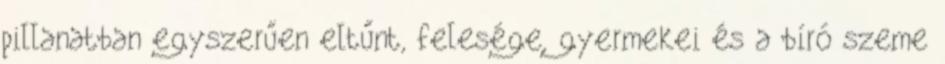
pillanatban egyszerűen eltűnt, felesége, gyermekei és a bíró szeme